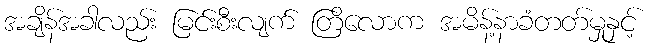
အချိန်အခါလည်း မြင်းစီးလျက် တြိလောက အမိန့်နာခံတတ်မှုနှင့်